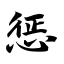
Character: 惩